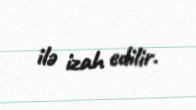
ilə izah edilir.